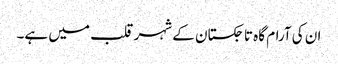
ان کی آرام گاہ تاجکستان کے شہر قلب میں ہے۔